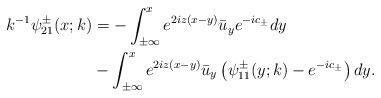
LaTeX: \begin{align*}\begin{aligned}k^{-1}\psi^{\pm}_{21}(x ; k)&=-\int_{\pm \infty}^{x} e^{2iz(x-y)} \bar{u}_y e^{-ic_\pm} d y\\&-\int_{\pm \infty}^{x} e^{2 i z(x-y)} \bar{u}_y\left(\psi^{\pm}_{11}(y ;k)-e^{-ic_\pm} \right) d y.\end{aligned}\end{align*}